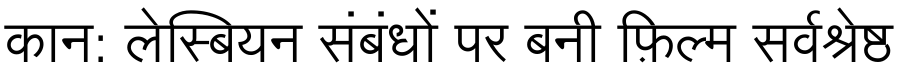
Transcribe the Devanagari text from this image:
कान: लेस्बियन संबंधों पर बनी फ़िल्म सर्वश्रेष्ठ